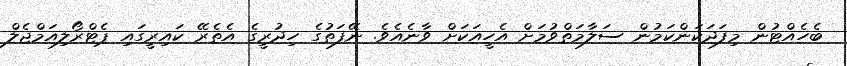
ބެހެއްޓުން މިފަދަކަންކަމުން ސަލާމަތްވުމަށް އެހީއަކަށް ވާނެއެވެ. ނޭފަތުގެ ހިދުރީގެ އެތެރޭ ކައިރީގައި ޕެޓްރޯލިއަމްޖެލް